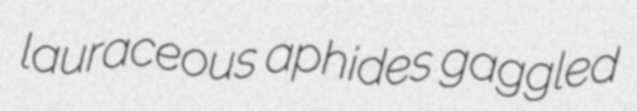
lauraceous aphides gaggled